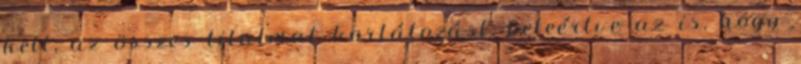
kell, az összes tilalmat korlátozást, beleértve az is, hogy